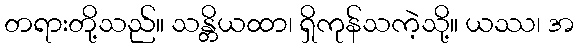
တရားတို့သည်။ သန္တိယထာ၊ ရှိကုန်သကဲ့သို့။ ယဿ၊ အ